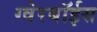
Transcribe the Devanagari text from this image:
ग्‍वेरबॉईस